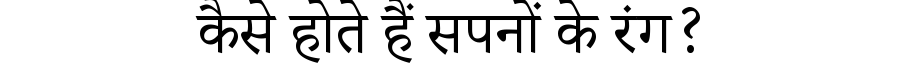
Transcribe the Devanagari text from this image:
कैसे होते हैं सपनों के रंग?